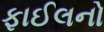
ફાઈલનો